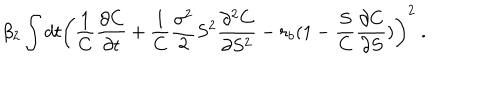
LaTeX: \beta _ { 2 } \int d t \left( \frac 1 C \frac { \partial C } { \partial t } + \frac 1 C \frac { \sigma ^ { 2 } } { 2 } S ^ { 2 } \frac { \partial ^ { 2 } C } { \partial S ^ { 2 } } - r _ { b } ( 1 - \frac S C \frac { \partial C } { \partial S } ) \right) ^ { 2 } \ .